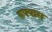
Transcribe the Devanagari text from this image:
रुपयास